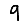
Digit: 9